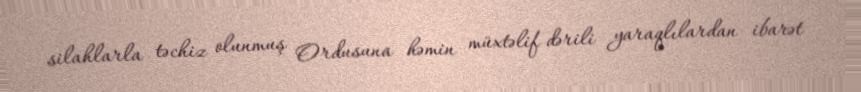
silahlarla təchiz olunmuş Ordusuna həmin müxtəlif dərili yaraqlılardan ibarət